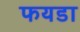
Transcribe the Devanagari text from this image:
फयडा